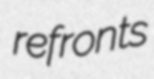
refronts